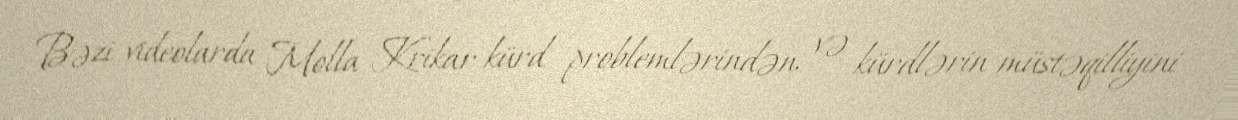
Bəzi videolarda Molla Krikar kürd problemlərindən və kürdlərin müstəqilliyini